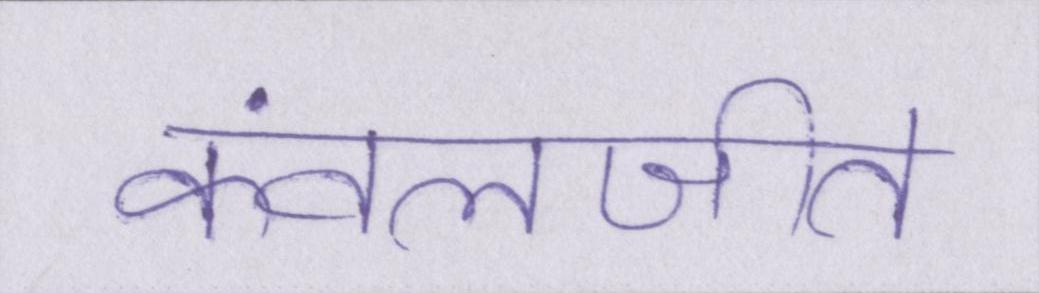
कंवलजीत